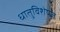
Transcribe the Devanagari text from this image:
धातुविशेषज्ञ